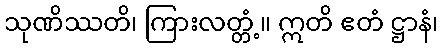
သုဏိဿတိ၊ ကြားလတ္တံ့။ ဣတိ ဧတံ ဋ္ဌာနံ၊